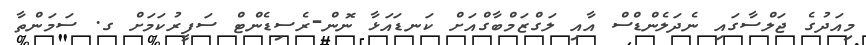
މިއަދުގެ ޖަލްސާގައި ނެދަލެންޑްސް އާއި ލަގްޒަމްބާގްއަށް ކަނޑައަޅާ ނޮން-ރެސިޑެންޓް ސަފީރުކަމަށް ގ. ސަމަންތާ